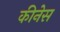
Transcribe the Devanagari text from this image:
कीनेस